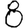
Digit: 8